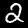
Digit: 2